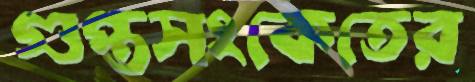
গুপ্তসংকেতের